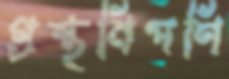
গ্রন্থবিপণি